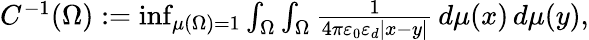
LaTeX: \begin{array}{r}{C^{-1}(\Omega):=\operatorname*{inf}_{\mu(\Omega)=1}\int_{\Omega}\int_{\Omega}{\frac{1}{4\pi\varepsilon_{0}\varepsilon_{d}|x-y|}}\, d\mu(x)\, d\mu(y),}\end{array}